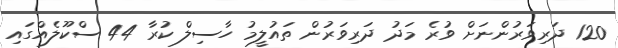
120 ދަރިވަރުންނަށް ވުރެ މަދު ދަރިވަރުން ތައުލީމު ހާސިލް ކުރާ 44 ސްކޫލެއްގައި